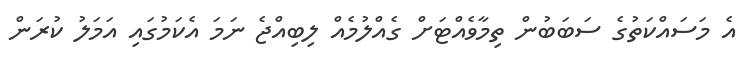
އެ މަސައްކަތުގެ ސަބަބުން ތިމާވެއްޓަށް ގެއްލުމެއް ލިބިއްޖެ ނަމަ އެކަމުގައި އަމަލު ކުރަން